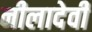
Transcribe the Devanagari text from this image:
नीलादेवी